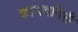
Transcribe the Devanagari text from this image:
कामदगिरी